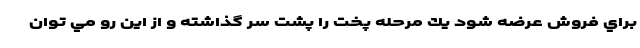
براي فروش عرضه شود يك مرحله پخت را پشت سر گذاشته و از اين رو مي توان